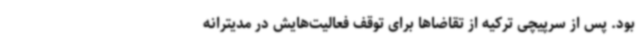
بود. پس از سرپیچی ترکیه از تقاضاها برای توقف فعالیت‌هایش در مدیترانه